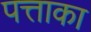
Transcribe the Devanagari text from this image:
पत्ताका